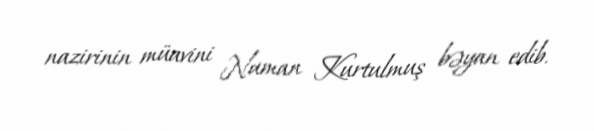
nazirinin müavini Numan Kurtulmuş bəyan edib.